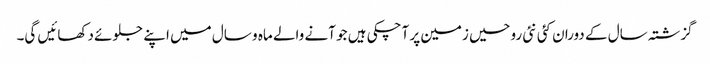
گزشتہ سال کے دوران کئی نئی روحیں زمین پر آچکی ہیں جو آنے والے ماہ و سال میں اپنے جلوئے دکھائیں گی۔